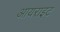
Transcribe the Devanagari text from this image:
आयराइट